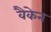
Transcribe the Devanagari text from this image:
वैकेन